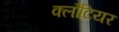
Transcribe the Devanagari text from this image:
क्लौटियर